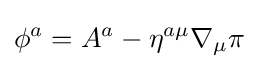
\phi ^{a}=A^{a}-\eta ^{a\mu }\nabla _{\mu }\pi